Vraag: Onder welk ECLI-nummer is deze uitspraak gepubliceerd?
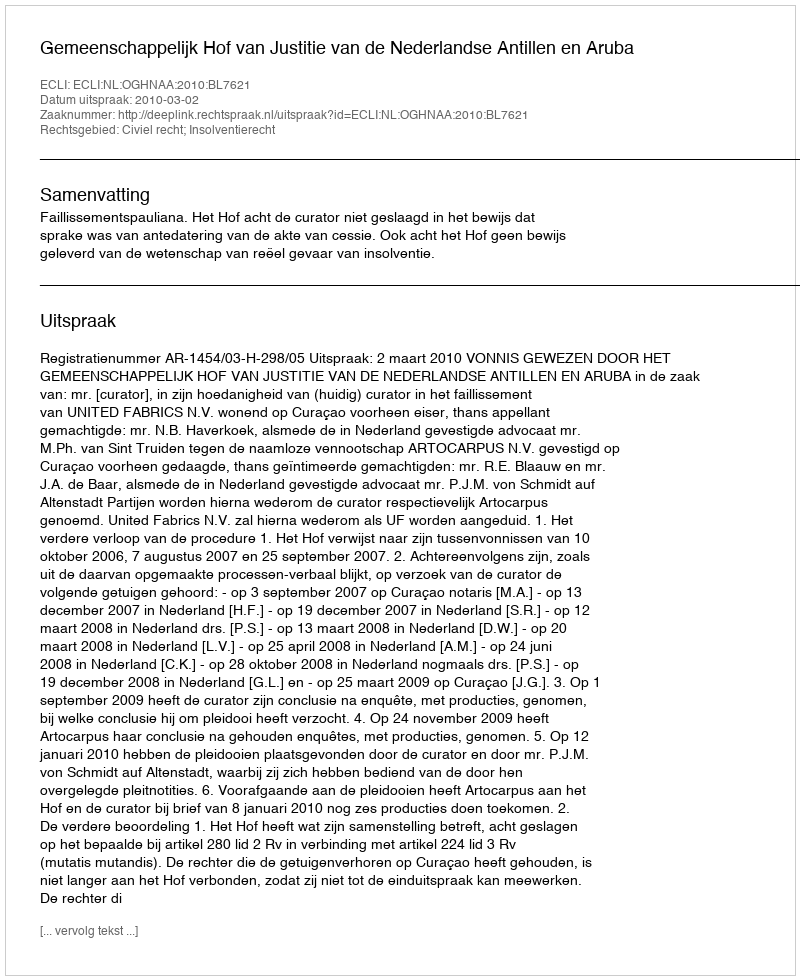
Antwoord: ECLI:NL:OGHNAA:2010:BL7621